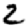
Digit: 2